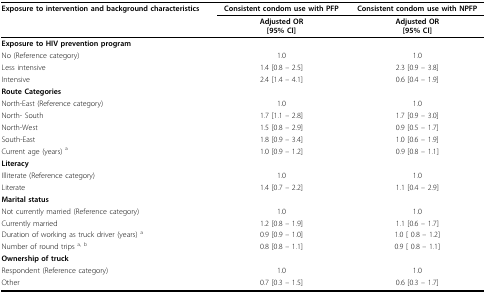
| Exposure to intervention and background characteristics | Consistent condom use with PFP | Consistent condom use with NPFP |
 |  | Adjusted OR[95% CI] | Adjusted OR[95% CI] |
 | --- | --- | --- |
 | Exposure to HIV prevention program |  |  |
 | No (Reference category) | 1.0 | 1.0 |
 | Less intensive | 1.4 [0.8 – 2.5] | 2.3 [0.9 – 3.8] |
 | Intensive | 2.4 [1.4 – 4.1] | 0.6 [0.4 – 1.9] |
 | Route Categories |  |  |
 | North-East (Reference category) | 1.0 | 1.0 |
 | North- South | 1.7 [1.1 – 2.8] | 1.7 [0.9 – 3.0] |
 | North-West | 1.5 [0.8 – 2.9] | 0.9 [0.5 – 1.7] |
 | South-East | 1.8 [0.9 – 3.4] | 1.0 [0.6 – 1.9] |
 | Current age (years) a | 1.0 [0.9 – 1.2] | 0.9 [0.8 – 1.1] |
 | Literacy |  |  |
 | Illiterate (Reference category) | 1.0 | 1.0 |
 | Literate | 1.4 [0.7 – 2.2] | 1.1 [0.4 – 2.9] |
 | Marital status |  |  |
 | Not currently married (Reference category) | 1.0 | 1.0 |
 | Currently married | 1.2 [0.8 – 1.9] | 1.1 [0.6 – 1.7] |
 | Duration of working as truck driver (years) a | 0.9 [0.9 – 1.0] | 1.0 [ 0.8 – 1.2] |
 | Number of round trips a, b | 0.8 [0.8 – 1.1] | 0.9 [ 0.8 – 1.1] |
 | Ownership of truck |  |  |
 | Respondent (Reference category) | 1.0 | 1.0 |
 | Other | 0.7 [0.3 – 1.5] | 0.6 [0.3 – 1.7] |